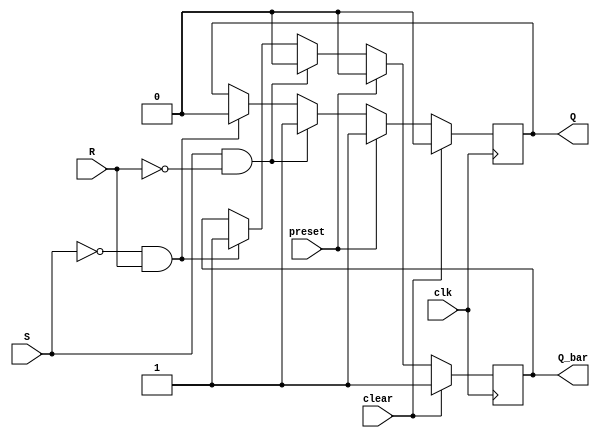
module sr_flipflop (
    input wire S,
    input wire R,
    input wire clk,
    input wire clear,
    input wire preset,
    output reg Q,
    output reg Q_bar
);

always @(posedge clk) begin
    if(clear) begin
        Q <= 1'b0;
        Q_bar <= 1'b1;
    end else if(preset) begin
        Q <= 1'b1;
        Q_bar <= 1'b0;
    end else begin
        if(S && !R) begin
            Q <= 1'b1;
            Q_bar <= 1'b0;
        end else if(!S && R) begin
            Q <= 1'b0;
            Q_bar <= 1'b1;
        end
    end
end

endmodule